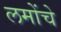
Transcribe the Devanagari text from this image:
लमोंचे